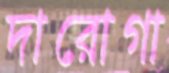
দারোগা